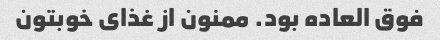
فوق العاده بود. ممنون از غذای خوبتون